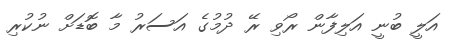
އަލީ ބުނީ އަލިފާން ރޯވި ރޭ ދުމުގެ އަސަރު މާ ބޮޑަށް ނުކުރި